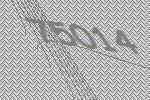
75014